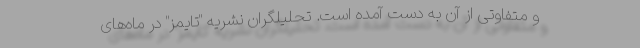
و متفاوتی از آن به دست آمده است. تحلیلگران نشریه "تایمز" در ماه‌های